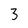
Character: 3